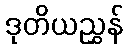
ဒုတိယညွှန်